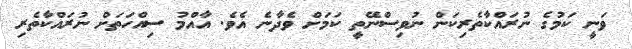
ވަނީ ކަމުގެ ނުރައްކާތެރިކަން ނުވިސްނޭތީ ކަމަށް ވެދާނެ އެވެ. އާއްމު ސިއްހަތަށް ނުރައްކާތެރި